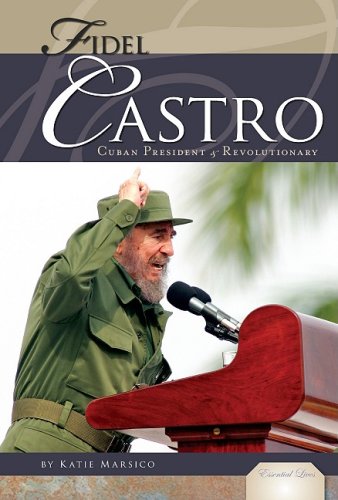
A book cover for Fidel Castro: Cuban President & Revolutionary (Essential Lives); Katie Marsico; Teen & Young Adult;